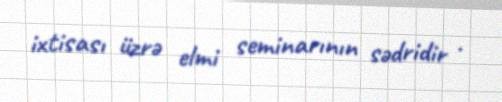
ixtisası üzrə elmi seminarının sədridir .